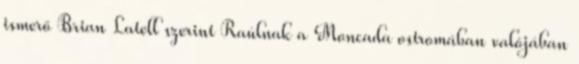
ismerő Brian Latell szerint Raúlnak a Moncada ostromában valójában